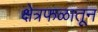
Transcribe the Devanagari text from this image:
क्षेत्रफळातून